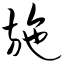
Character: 施